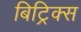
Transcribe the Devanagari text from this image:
बिट्रिक्स